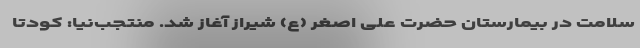
سلامت در بیمارستان حضرت علی اصغر (ع) شیراز آغاز شد. منتجب‌نیا: کودتا